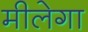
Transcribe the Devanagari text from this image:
मीलेगा